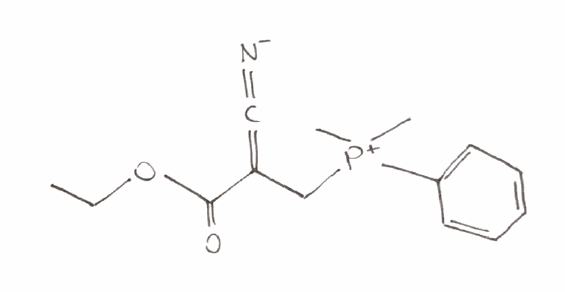
Simplified molecular-input line-entry system (SMILES) notation of the given molecule:
CCOC(=O)C(=C=[N-])C[P+](C)(C)C1=CC=CC=C1